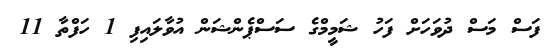
ފަސް މަސް ދުވަހަށް ފަހު ޝަމީމްގެ ސަސްޕެންޝަން އުވާލައިފި 1 ހަފްތާ 11